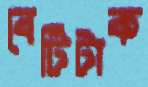
বেটিটাক